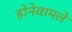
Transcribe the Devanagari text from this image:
होनेवामले